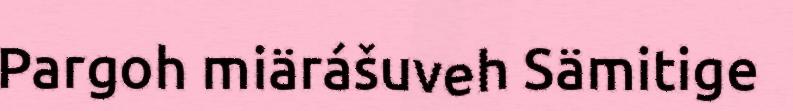
Pargoh miärášuveh Sämitige